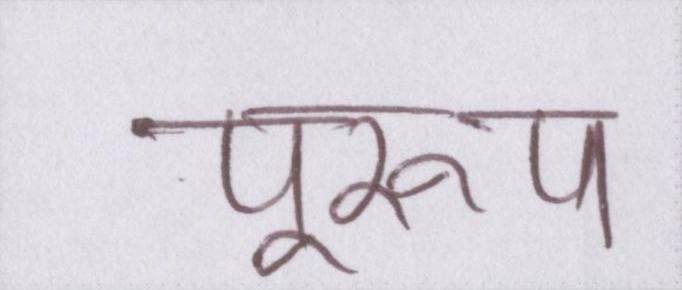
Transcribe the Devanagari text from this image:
पुरूष